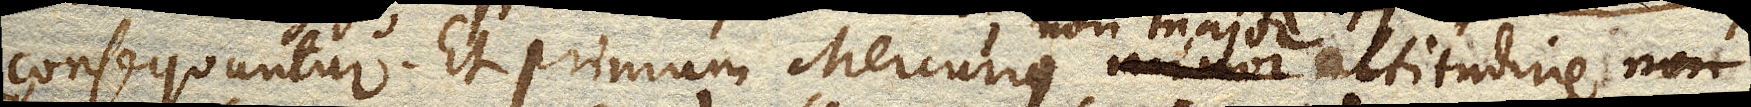
consequuntur. Et primum Mercurius non major altitudine